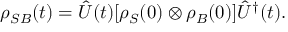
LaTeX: \rho _ { S B } ( t ) = { \hat { U } } ( t ) [ \rho _ { S } ( 0 ) \otimes \rho _ { B } ( 0 ) ] { \hat { U } } ^ { \dagger } ( t ) .